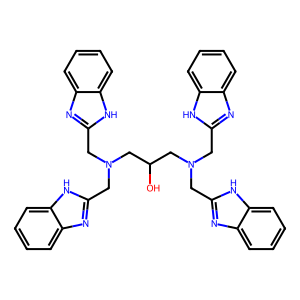
SMILES: OC(CN(Cc1nc2ccccc2[nH]1)Cc1nc2ccccc2[nH]1)CN(Cc1nc2ccccc2[nH]1)Cc1nc2ccccc2[nH]1
Inhibits HIV replication: No